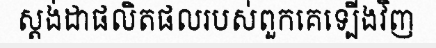
ស្តង់ដាផលិតផលរបស់ពួកគេទ្បើងវិញ